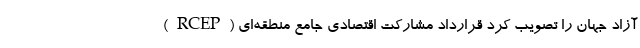
آزاد جهان را تصویب کرد قرارداد مشارکت اقتصادی جامع منطقه‌ای (RCEP)